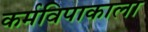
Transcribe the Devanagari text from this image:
कर्मविपाकाला